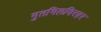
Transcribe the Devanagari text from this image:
मुतमिलविरहर